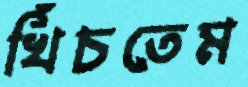
খিঁচতেম